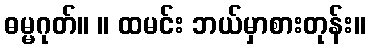
ဓမ္မဂုတ်။ ။ ထမင်း ဘယ်မှာစားတုန်း။